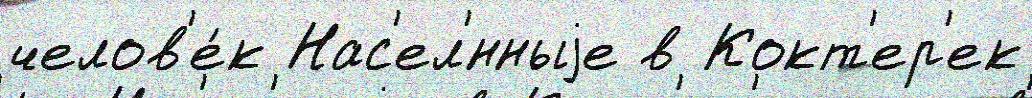
челов'е́к Нас'ел'́нныjе в Кокт'ер'ек